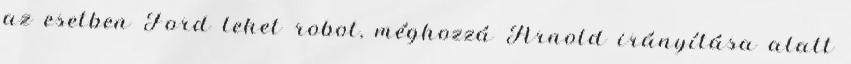
az esetben Ford lehet robot, méghozzá Arnold irányítása alatt